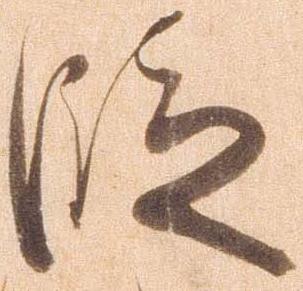
段